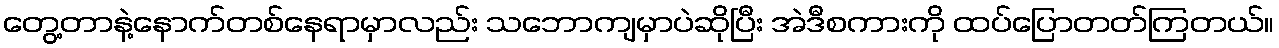
တွေ့တာနဲ့နောက်တစ်နေရာမှာလည်း သဘောကျမှာပဲဆိုပြီး အဲဒီစကားကို ထပ်ပြောတတ်ကြတယ်။